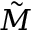
\tilde { M }